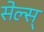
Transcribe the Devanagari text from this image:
सेल्स्